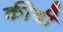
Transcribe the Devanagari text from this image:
कीबी